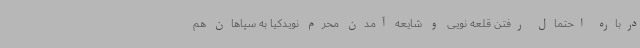
درباره احتمال رفتن قلعه نویی و شایعه آمدن محرم نویدکیا به سپاهان هم